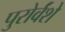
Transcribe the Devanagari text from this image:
पुरोर्वंशे